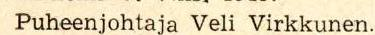
 Puheenjohtaja Veli Virkkunen.